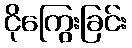
ငိုကြွေးခြင်း